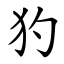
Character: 犳